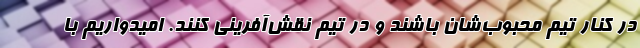
در کنار تیم محبوب‌شان باشند و در تیم نقش‌آفرینی کنند. امیدواریم با